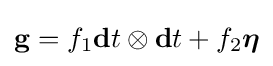
\mathbf {g} =f_{1}\mathbf {d} t\otimes \mathbf {d} t+f_{2}{\boldsymbol {\eta }}